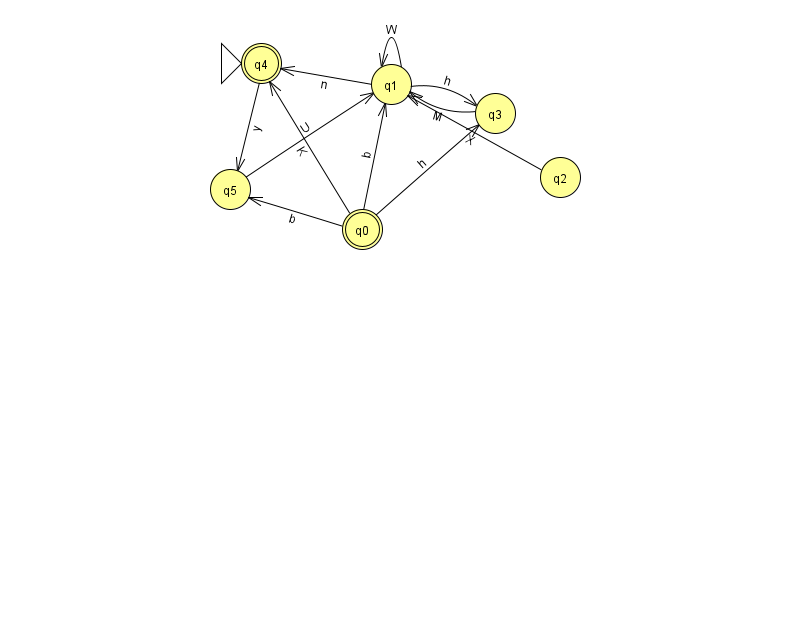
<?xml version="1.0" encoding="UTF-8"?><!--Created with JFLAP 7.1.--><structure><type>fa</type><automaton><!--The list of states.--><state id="0" name="q0"><x>362.0</x><y>216.0</y><final/></state><state id="1" name="q1"><x>391.0</x><y>71.0</y></state><state id="2" name="q2"><x>560.0</x><y>164.0</y></state><state id="3" name="q3"><x>495.0</x><y>100.0</y></state><state id="4" name="q4"><x>261.0</x><y>50.0</y><initial/><final/></state><state id="5" name="q5"><x>230.0</x><y>176.0</y></state><!--The list of transitions.--><transition><from>0</from><to>5</to><read>b</read></transition><transition><from>0</from><to>3</to><read>h</read></transition><transition><from>4</from><to>5</to><read>y</read></transition><transition><from>0</from><to>4</to><read>K</read></transition><transition><from>1</from><to>1</to><read>W</read></transition><transition><from>2</from><to>1</to><read>X</read></transition><transition><from>0</from><to>1</to><read>b</read></transition><transition><from>1</from><to>4</to><read>n</read></transition><transition><from>3</from><to>1</to><read>M</read></transition><transition><from>1</from><to>3</to><read>h</read></transition><transition><from>5</from><to>1</to><read>U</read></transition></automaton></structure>